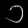
Digit: ၁